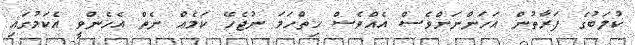
ކުލަބުގެ ފަރާތުން އަހަންނަށްވެސް އެއްވެސް ހިތްހަމަ ނުޖެހޭ ކަމެއް ނެތް އެހެންވީ އެކަމުގައި